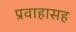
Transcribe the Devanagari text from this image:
प्रवाहासह